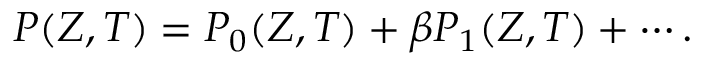
P ( Z , T ) = P _ { 0 } ( Z , T ) + \beta P _ { 1 } ( Z , T ) + \cdots .